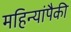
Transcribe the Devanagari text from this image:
महिन्यांपैकी